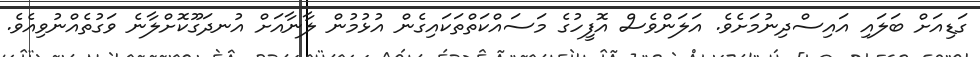
ގަޑިއަށް ބަލައި އައިސްދިނުމަށެވެ. އަލަންވެސް އޮފީހުގެ މަސައްކަތްތަކައިގެން އުޅުމުން ލާނާއަށް އުނދަގޫކޮށްލާނެ ވަގުތެއްނުވިއެވެ.